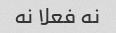
نه فعلا نه